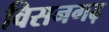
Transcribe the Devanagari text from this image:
विसनगढ़